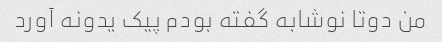
من دوتا نوشابه گفته بودم پیک یدونه آورد